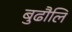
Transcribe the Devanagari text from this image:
बुढौलि